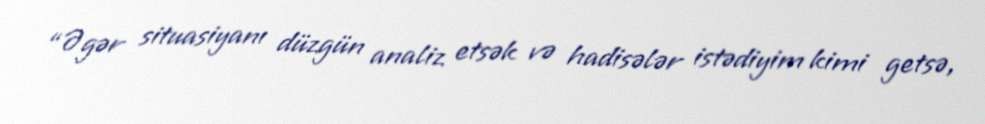
“Əgər situasiyanı düzgün analiz etsək və hadisələr istədiyim kimi getsə,